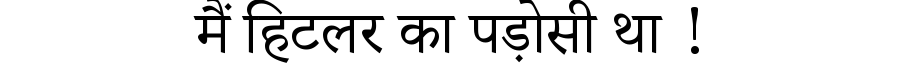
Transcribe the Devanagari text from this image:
मैं हिटलर का पड़ोसी था !